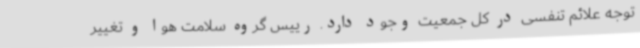
توجه علائم تنفسی در کل جمعیت وجود دارد. رییس گروه سلامت هوا و تغییر